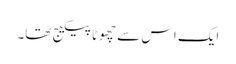
ایک اس سے چھوٹا پیکیج تھا۔